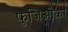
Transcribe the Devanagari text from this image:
फुजिओका